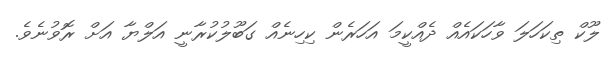
ލޫކް ތިކަހަލަ ވާހަކައެއް ދެއްކީމަ އަހަރެން ކިހިނެއް ގަބޫލުކުރާނީ އަލްޔާ އަށް ރޮވުނެވެ.